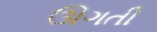
ઊગતી